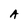
Character: A